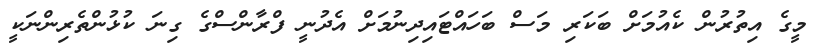
މީގެ އިތުރުން ކެއުމަށް ބަކަރި މަސް ބަހައްޓައިދިނުމަށް އެދުނީ ފްރާންސްގެ ގިނަ ކުޅުންތެރިންނަކީ